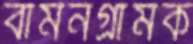
বামনগ্রামক